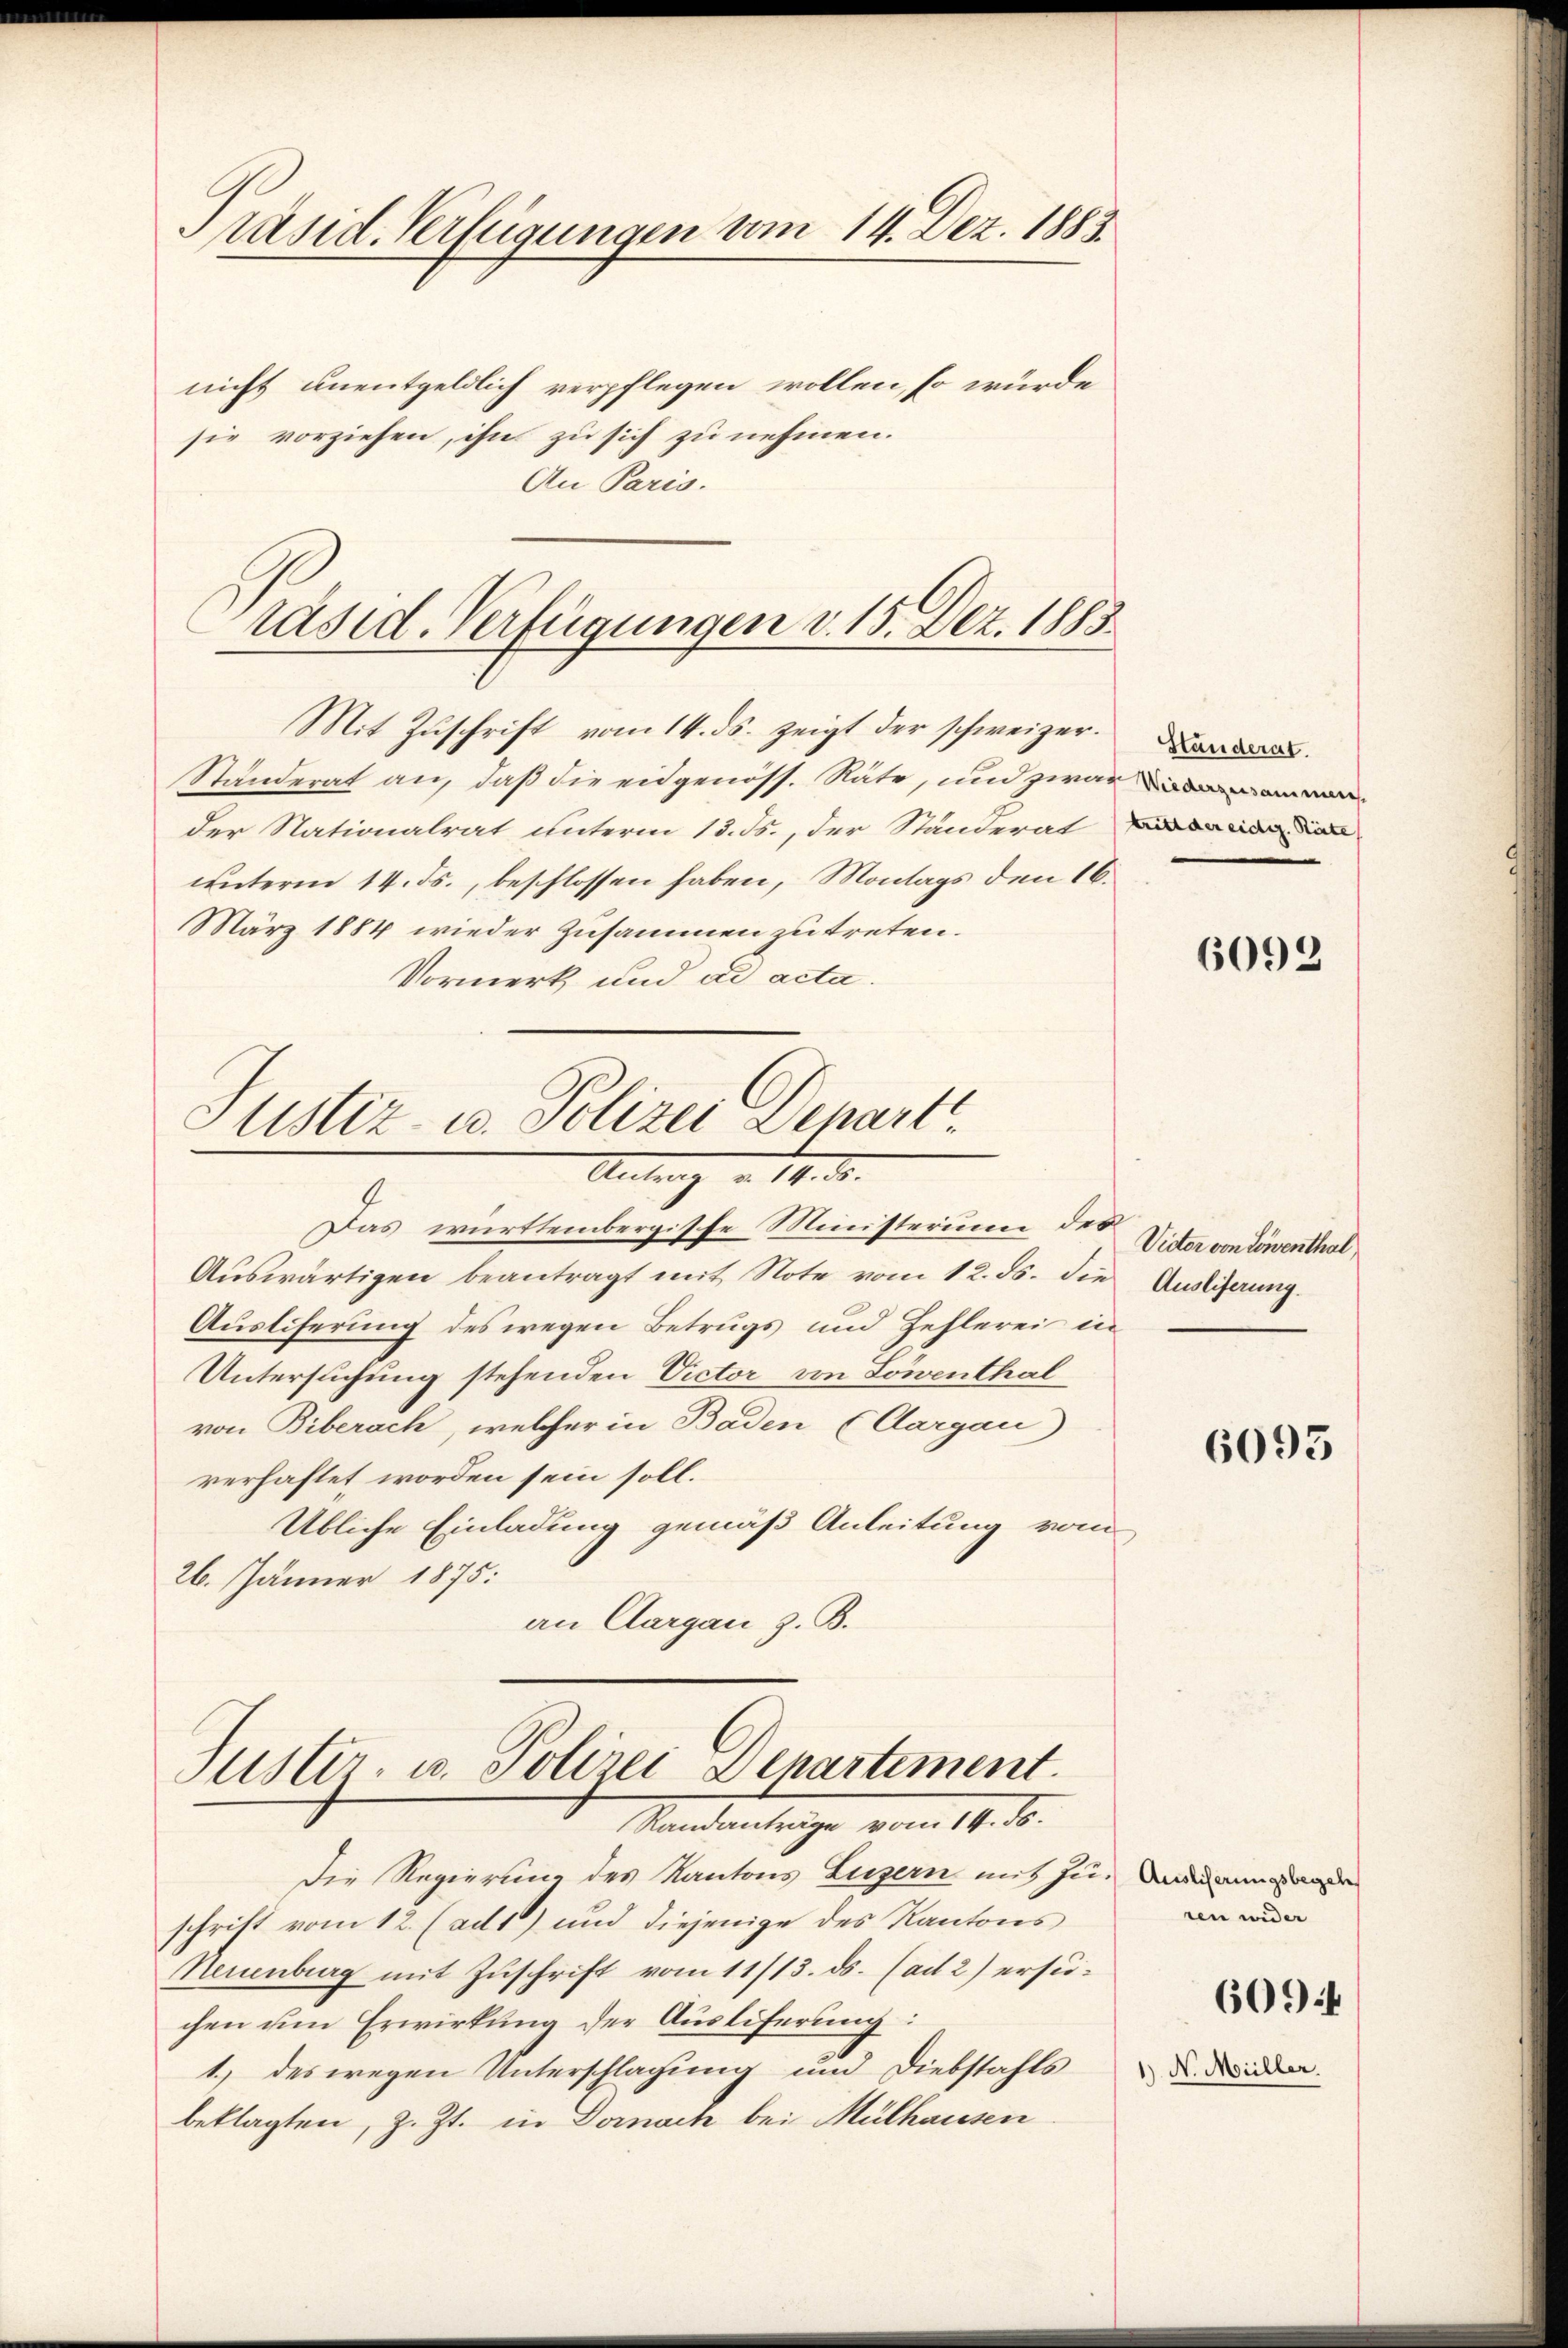
Präsid. Verfügungen vom 14. Dez. 1883

nicht unentgeldlich verpflegen wollen, so würde
sie vorziehen, ihn zu sich zu nehmen.
An Paris.

räsid. Verfügungen v. 15. Dez. 1885.
Mit Zuschrift vom 14. ds. zeigt der schweizer¬

Justiz- u. Polizei Denart
Antrag v. 14. d.
Das württembergische Ministerium der Vider von Löwenthal

Justiz- u. Polizei Departement.
Mandentrage vom 19. d.

Die Regierung des Kantons Luzern mit zu. Du ande
schrift vom 12. (ad 1) und diejenige des Kantons
Neuenburg mit Zuschrift vom 11/13. ds. (ad 2) ersuchen um Erwirkung der Ausliferung:
1.) des wegen Unterschlagung und Diebstahls
beklagten, z. Zt. in Dornach bei Mülhausen

Ständerat an, daß die eidgenöss. Räte, und zwar
der Nationalrat unterm 13. ds., der Ständerat die
unterm 14. ds., beschlossen haben, Montags den 16.
März 1884 wieder zusammen zu treten.
Vormerk und ad acta.

Aŭswärtigen beantragt mit Note vom 12. ds. die Auslierung.
Auslieferung des wegen Betrugs und Zehlerei in
Untersuchung stehenden Victor von Löwenthal
von Biberach, welcher in Baden (Aargau
verhaftet worden sein soll.
Übliche Einladung gemäß Anleitung vom
26. Jänner 1875.
an Clargau z. B.

Standerat.

6092

6095

ren wider

6094

1) N. Müller.